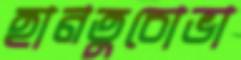
হানতুচোভা